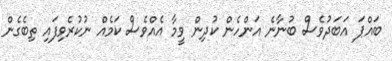
ބައްޕަ އަބަދުވެސް ބުނާނެ އަންހެން ކުދިން ވީމާ އެއްވެސް ކަމެއް ނުކުރެވިފައި ތިބެގެން